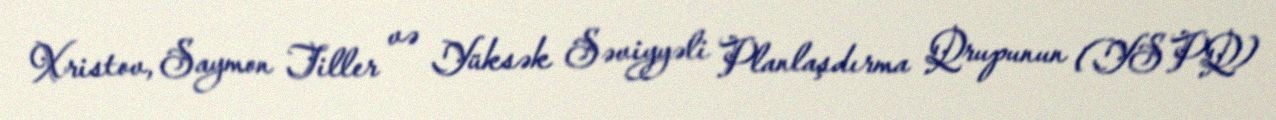
Xristov, Saymon Tiller və Yüksək Səviyyəli Planlaşdırma Qrupunun (YSPQ)